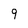
Character: 9